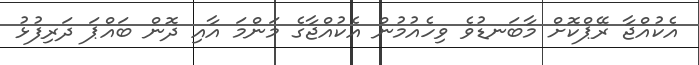
އެކުއްޖާ ރޭޕްކޮށް މާބަނޑުވެ ވިހެއުމުން އެކުއްޖާގެ މަންމަ އާއި ދޮން ބައްޕަ ދަރިފުޅު